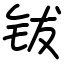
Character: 钹